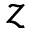
z